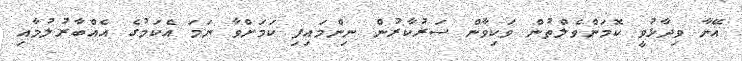
އޭނާ ވިދާޅުވީ ކޮމަންވެލްތުން ވަކިވާން ސަރުކާރުން ނިންމައިފި ކަމަށްވާ ނަމަ އެކަމުގެ އެއްބާރުލުމާއި